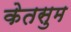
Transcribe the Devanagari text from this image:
केतसुम